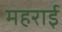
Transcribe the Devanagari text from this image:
महराई